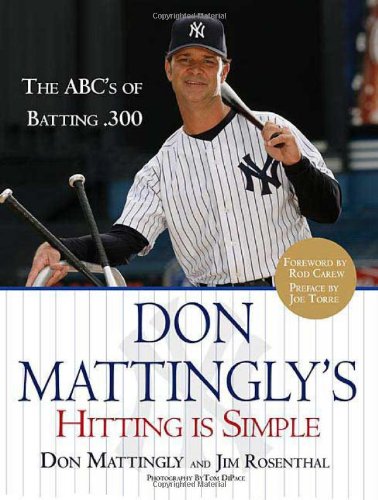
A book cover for Don Mattingly's Hitting Is Simple: The ABC's of Batting .300; Jim Rosenthal; Sports & Outdoors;